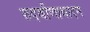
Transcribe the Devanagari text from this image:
रुदवीणावादन